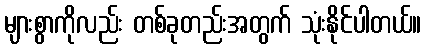
များစွာကိုလည်း တစ်ခုတည်းအတွက် သုံးနိုင်ပါတယ်။